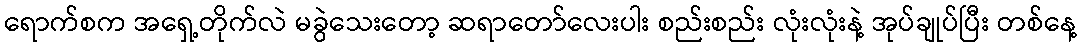
ရောက်စက အရှေ့တိုက်လဲ မခွဲသေးတော့ ဆရာတော်လေးပါး စည်းစည်း လုံးလုံးနဲ့ အုပ်ချုပ်ပြီး တစ်နေ့